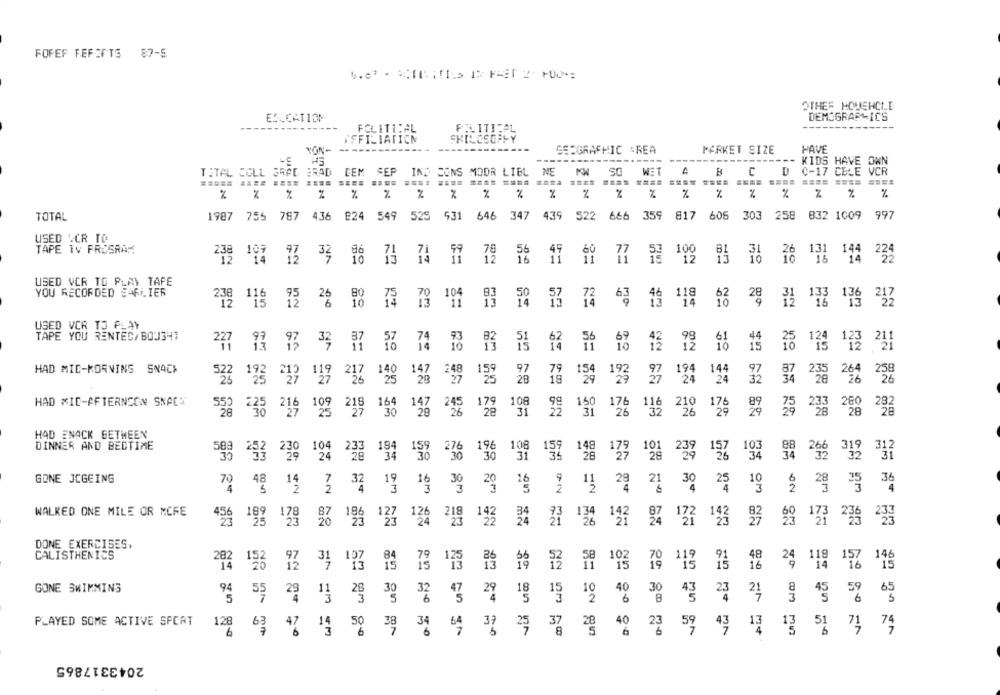
FOFEF FEFOFTS 87-9
OTHER HOUEHCHE
ES-CATION
DEMOGRAPHICS
POLITICAL
POLITICAL
TFFILIATION
SHILESOFFY
YON-
GEOGRAPHIC #REA
MARKET SIZE
HAVE
---
KIDS HAVE OWN
TOTAL COLL GRAD BRAD
CEM SEP
IND CONS MODR LIBL NE
KM
SC
WET
B
C
D
0-17 CELE VCR
X
%
%
%
%
%
%
%
%
%
%
%
%
%
%
TOTAL
646 347
439
522 666 359 817
605 303 258 832 1009
997
1987 755 787
4.36
224 549
525 931
USED .CR TO
TAPE TV PROGRAM
59
45
73 32
71
78
56
77
12
m
14
12
11
26 131 144 222
USED VCR TO PLAY TAFE
YOU RECORDED CARLIER
118
238 115
12
26
63
14
62
28
USED VER TO PLAY
TAPE YOU RENTED/BOUGHT
277 73
93 32
37
74
10
62
56
12
52
124 123
211
02
HAD MID-KORNING SNACK
140
97
194
144
264
523
123 229 '29 226
28
28
19
195
24
24
32
258
HAD MID-AFTERNOON SNACK
179
108
216
218
245
176
280
282
550 230
25
28
28
31
11: 226
78 228
W2 GA PR
NO AN NO
HAD ENACK GETHEEN
BEZ
DINNER AND BEDTIME
252 230
104
184
196
108
319 312
'28
34
30
30
31
148
129
101
157
266
24
GONE JCGEING
19
36
70 48
14
7 32
16
30
20
28
30
25
4
2
3
12
WALKED ONE MILE OR MCFE
218
189
127
126
'23
192
3
134
142
172
142
173
24
DONE EXERCISES,
CALISTHENICS
282
119
48
118 157
146
126
1.25
103
16
24
GONE SWIMMING
40
30
59
65
94
55
28
29
10
23
21
6
B
5
PLAYED SOME ACTIVE SPORT
128
37
13
6
63
47
50
53
7}
74
20 80 50
2043317865